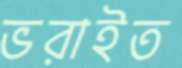
ভরাইত